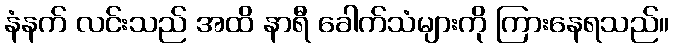
နံနက် လင်းသည် အထိ နာရီ ခေါက်သံများကို ကြားနေရသည်။